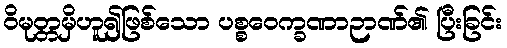
ဝိမုတ္တမှိဟူ၍ဖြစ်သော ပစ္စဝေက္ခဏာဉာဏ်၏ ပြီးခြင်း